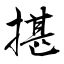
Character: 揕